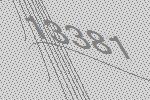
13381